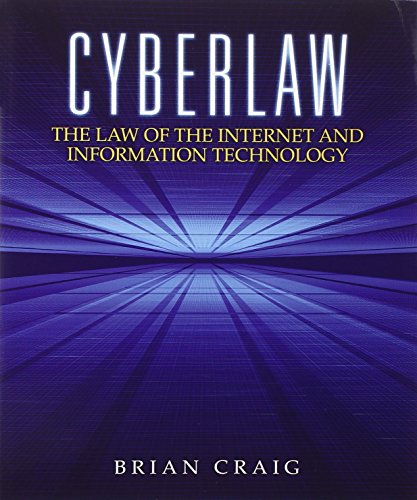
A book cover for Cyberlaw: The Law of the Internet and Information Technology; Brian Craig; Computers & Technology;